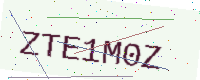
Text: ZTE1M0Z